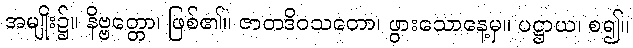
အမျိုး၌။ နိဗ္ဗတ္တော၊ ဖြစ်၏။ ဇာတဒိဝသတော၊ ဖွားသောနေ့မှ။ ပဋ္ဌာယ၊ စ၍။